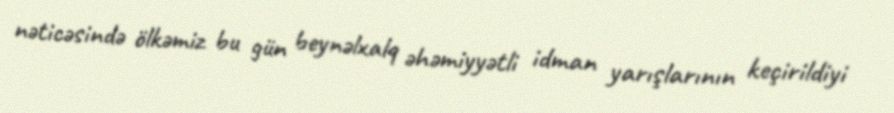
nəticəsində ölkəmiz bu gün beynəlxalq əhəmiyyətli idman yarışlarının keçirildiyi